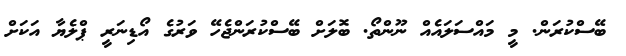
ބޭސްކުރަން. މީ މައްސަލައެއް ނޫންތޯ. ބޮލަށް ބޭސްކުރަންޖެހޭ ވަރުގެ އޯޑިނަރީ ޕްލެޔާ އަކަށް